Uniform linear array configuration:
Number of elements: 8
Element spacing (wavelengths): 0.75
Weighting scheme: hamming
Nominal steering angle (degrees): -30
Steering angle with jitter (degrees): -30.266
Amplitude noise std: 0.05
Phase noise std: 0.05

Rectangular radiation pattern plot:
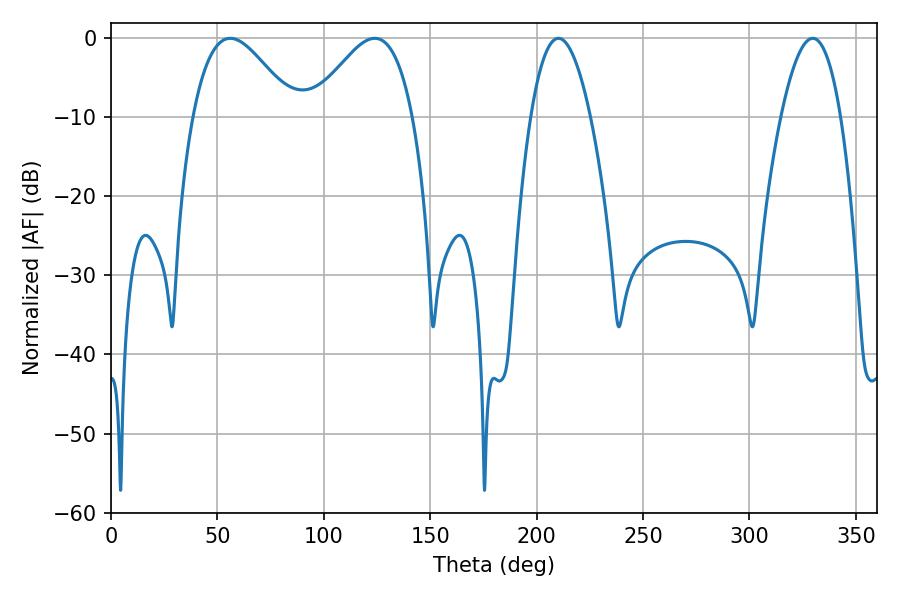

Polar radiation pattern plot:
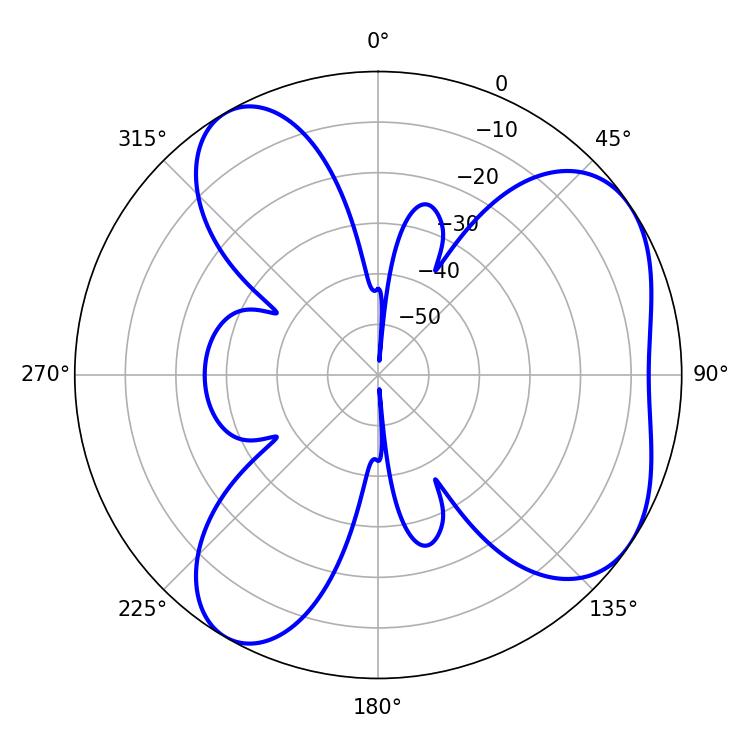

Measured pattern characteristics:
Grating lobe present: TRUE
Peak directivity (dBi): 5.542
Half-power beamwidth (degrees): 15.48
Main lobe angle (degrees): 210.24